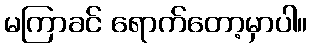
မကြာခင် ရောက်တော့မှာပါ။